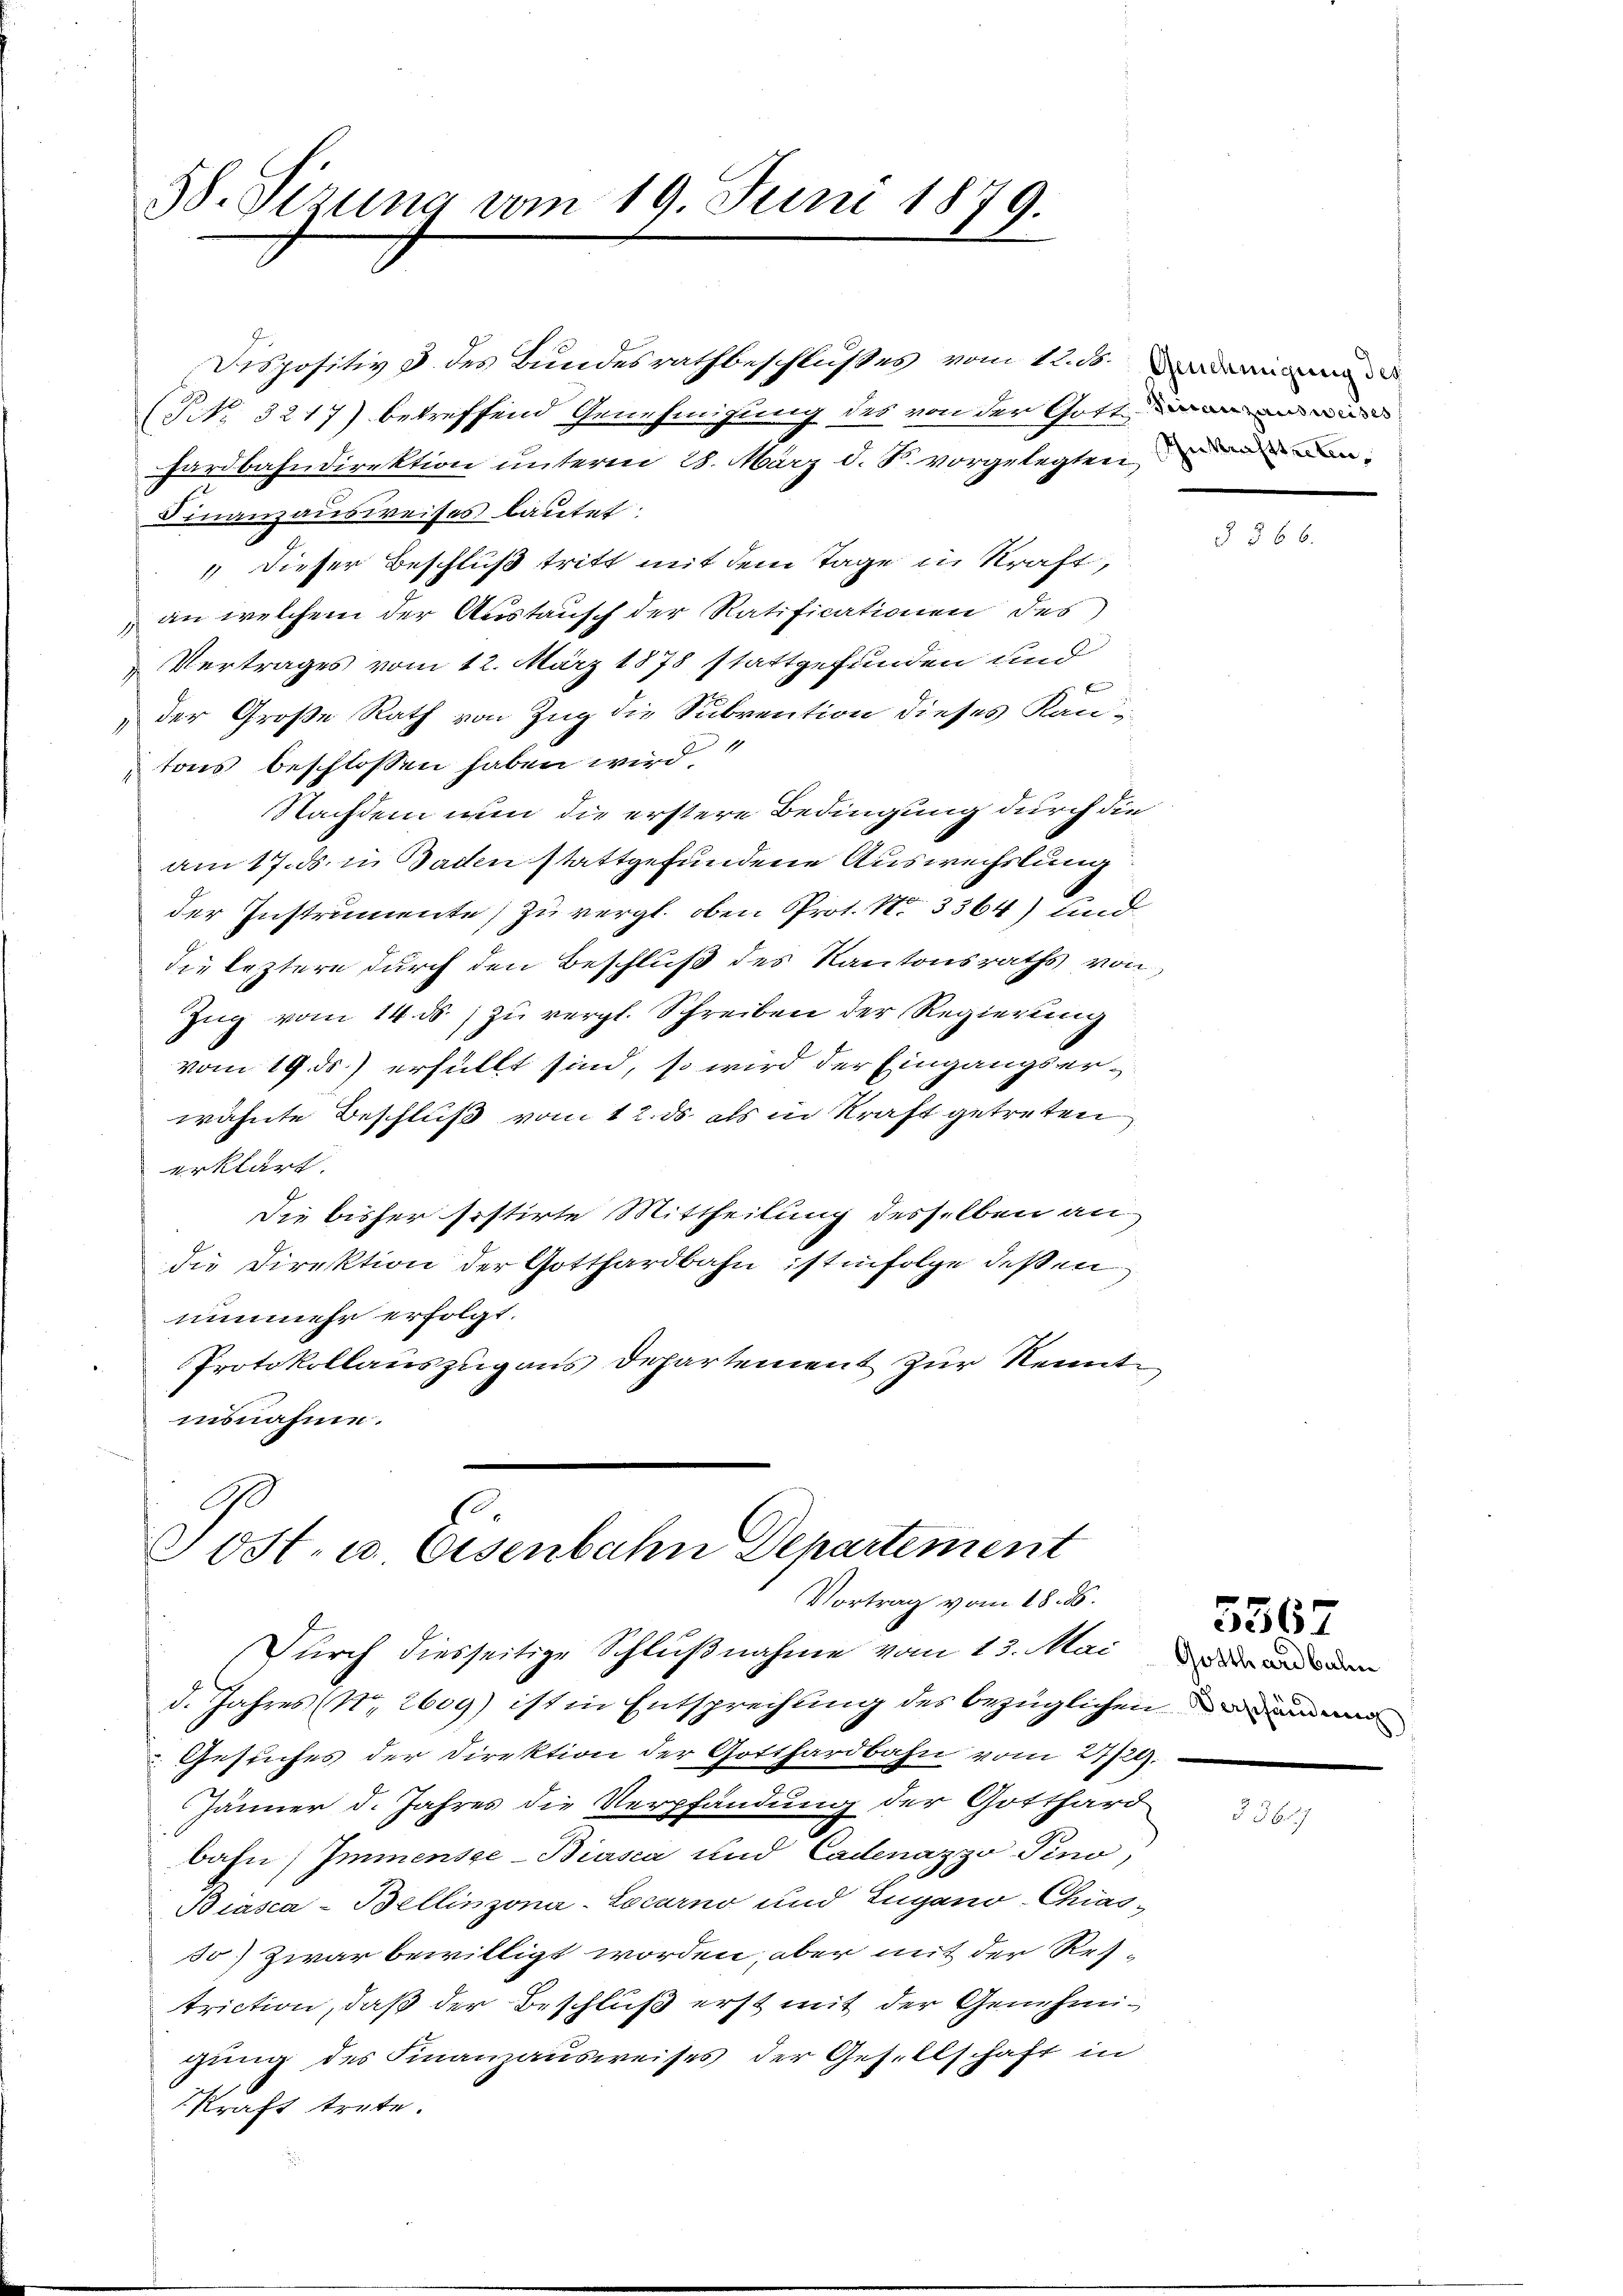
38. Sizung vom 19. Juni 1879.

Dispositiv d. des Bundesrathbeschlußes vom 12. ds. admin
(NNo. 3217) betreffend Genehmigung des von der Gotten wir
hardbahndirektion unterm 28. März d. S. vorgelegten
Finanzausweises lautet:
" dieser Beschluß tritt mit dem Tage in Kraft,
an welchem der Austausch der Ratificationen des
s
Vertrages vom 12. März 1878 stattgefunden und
der Große Rath von Zug die Subvention dieses Kan¬
1
1
tons beschlossen haben wird
Nachdem nun die erstere Bedingung durch die
am 17. ds. in Baden stattgefundene Auswechslung
der Instrumente) zu vergl. oben Prot. No 3364) und
die leztere durch den Beschluß des Kantonsraths von
Zug vom 14. ds. zu vergl. Schreiben der Regierung
vom 19. ds.) erfüllt sind, so wird der Eingangserwähnte Beschluß vom 12. ds. als in Kraft getreten
erklärt.
Die bisher sistirte Mittheilung desselben an
die Direktion der Gotthardbahn ist infolge deßen
nunmehr erfolgt.
Protokollauszug aus Departement zur Kenntisnahme.

Post- u. Eisenbahn Departement
Vortrag vom 18. ds.

Dŭrch diesseitige Schlŭβnahme vom 13. Mai
d. Jahres (Nr. 2609) ist in Entsprechung des bezüglichen
. Gesuches der Direktion der Gotthardbahn vom 27/29.
Jänner d. Jahres die Verpfandung der Gotthard
bahn) Immensge-Biasca und Cadenazzo Pino,
Biasca-Bellinzona-Locarno und Zugano-Chias-
30) Zwar bewilligt worden, aber mit der Restriction, daß der Beschluß erst mit der Genehmigung des Finanzausweises der Gesellschaft in
Kraft trete.

Gotthard bal

5567